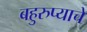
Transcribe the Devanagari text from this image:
बहुरुप्याचे